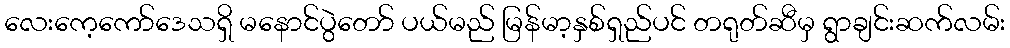
လေးကေ့ကော်ဒေသရှိ မနောင်ပွဲတော် ပယ်မည် မြန်မာ့နှစ်ရှည်ပင် တရုတ်ဆီမှ ရွာချင်းဆက်လမ်း